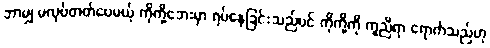
ဘာမျှ မလုပ်တတ်ပေမယ့် ကိုကို့ဘေးမှာ ရပ်နေခြင်းသည်ပင် ကိုကို့ကို ကူညီရာ ရောက်သည်ဟု